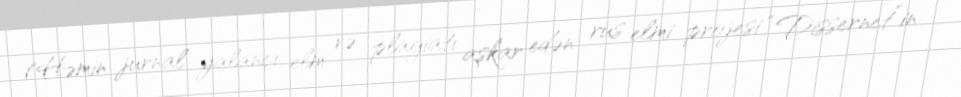
(Həmin jurnal yalançı elm və plagiatı aşkar edən rus elmi projesi “Dissernet”in